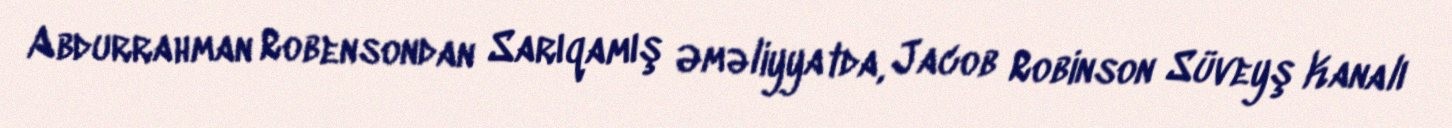
Abdurrahman Robensondan Sarıqamış Əməliyyatda, Jacob Robinson Süveyş Kanalı